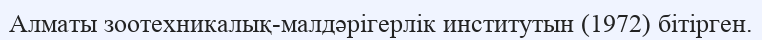
Алматы зоотехникалық-малдәрігерлік институтын (1972) бітірген.